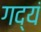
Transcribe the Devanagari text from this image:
गद्यं